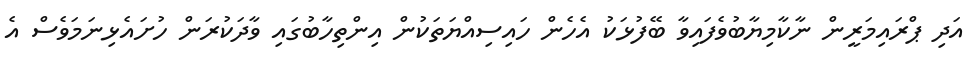
އަދި ޕްރައިމަރީން ނާކާމިޔާބުވެފައިވާ ބޭފުޅަކު އެެހެން ހައިސިއްޔަތަކުން އިންތިހާބުގައި ވާދަކުރަން ހުށައެޅިނަމަވެސް އެ